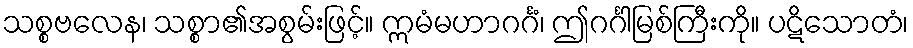
သစ္စဗလေန၊ သစ္စာ၏အစွမ်းဖြင့်။ ဣမံမဟာဂင်္ဂံ၊ ဤဂင်္ဂါမြစ်ကြီးကို။ ပဋိသောတံ၊